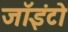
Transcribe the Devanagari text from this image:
जॉइंटो